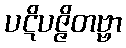
ပဋိပဇ္ဇိတဗ္ဗာ